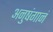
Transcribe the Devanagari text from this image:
अनुषंगानं